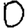
Digit: 0